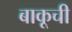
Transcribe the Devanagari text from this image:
बाकूची